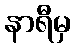
နာရီမှ